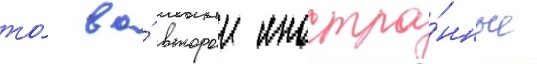
то́ во́ второи иностра́нные